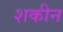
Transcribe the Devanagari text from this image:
शकीन